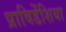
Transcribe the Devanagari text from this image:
प्राविडेंशिया